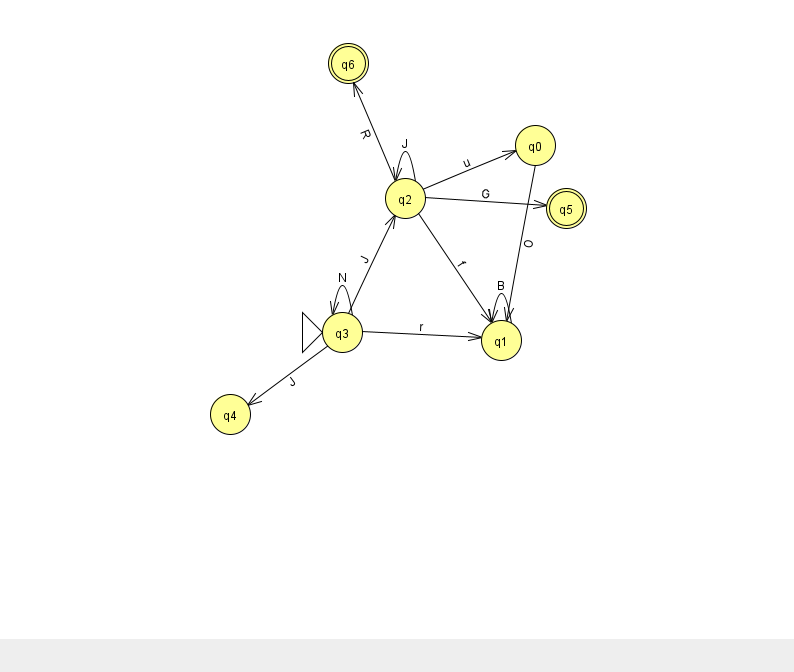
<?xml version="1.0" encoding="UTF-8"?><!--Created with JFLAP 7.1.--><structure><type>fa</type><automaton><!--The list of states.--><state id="0" name="q0"><x>535.0</x><y>132.0</y></state><state id="1" name="q1"><x>501.0</x><y>327.0</y></state><state id="2" name="q2"><x>405.0</x><y>185.0</y></state><state id="3" name="q3"><x>342.0</x><y>319.0</y><initial/></state><state id="4" name="q4"><x>230.0</x><y>401.0</y></state><state id="5" name="q5"><x>566.0</x><y>195.0</y><final/></state><state id="6" name="q6"><x>348.0</x><y>50.0</y><final/></state><!--The list of transitions.--><transition><from>2</from><to>0</to><read>u</read></transition><transition><from>1</from><to>1</to><read>B</read></transition><transition><from>3</from><to>4</to><read>J</read></transition><transition><from>3</from><to>1</to><read>r</read></transition><transition><from>0</from><to>1</to><read>O</read></transition><transition><from>2</from><to>5</to><read>G</read></transition><transition><from>3</from><to>2</to><read>J</read></transition><transition><from>2</from><to>1</to><read>f</read></transition><transition><from>2</from><to>2</to><read>J</read></transition><transition><from>2</from><to>6</to><read>R</read></transition><transition><from>3</from><to>3</to><read>N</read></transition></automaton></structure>